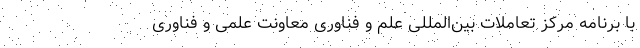
با برنامه مرکز تعاملات بین‌المللی علم و فناوری معاونت علمی و فناوری